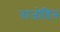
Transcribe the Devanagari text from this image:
ताजोद्दिन